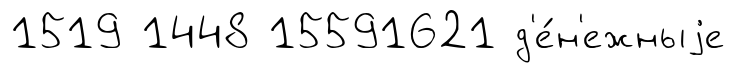
1519 1448 15591621 д'е́н'ежныjе